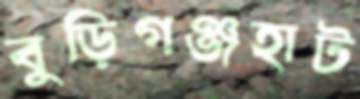
বুড়িগঞ্জহাট